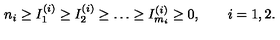
n _ { i } \ge I _ { 1 } ^ { ( i ) } \ge I _ { 2 } ^ { ( i ) } \ge \dots \ge I _ { m _ { i } } ^ { ( i ) } \ge 0 , \qquad i = 1 , 2 .